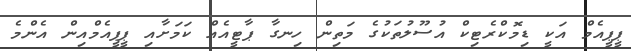
ޕީޕީއެމް އަކީ ޑިމޮކްރެޓިކް އުސޫލުތަކުގެ މަތިން ހިނގާ ޕާޓީއެއް ކަމަށާއި ޕީޕީއެމްއިން އެންމެ